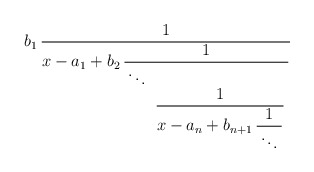
\begin{align*}b_1 \,{ 1 \over x - a_1 + b_2\, \displaystyle{ 1 \over \, \ddots \, \displaystyle{ \hbox{ } \atop \displaystyle{ \hbox{ } \atop \displaystyle{ 1 \over x - a_n + b_{n+1} \, \displaystyle{ 1 \over \, \ddots \,}}}}}}\end{align*}